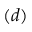
( d )